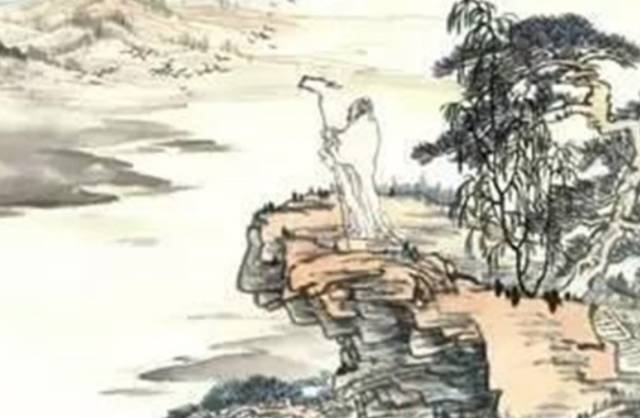
江涵秋影雁初飞，与客携壶上翠微。